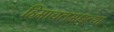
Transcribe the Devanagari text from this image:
हिमाचलमधल्या